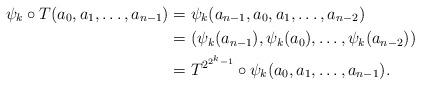
LaTeX: \begin{align*}\psi_k \circ T(a_0,a_1, \dots, a_{n-1})& = \psi_k(a_{n-1}, a_0, a_1, \dots, a_{n-2}) \\& = (\psi_k(a_{n-1}), \psi_k(a_0), \dots, \psi_k(a_{n-2})) \\& = T^{2^{2^k-1}} \circ \psi_k (a_0,a_1, \dots, a_{n-1}).\end{align*}